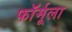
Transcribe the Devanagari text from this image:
फाॅर्मूला